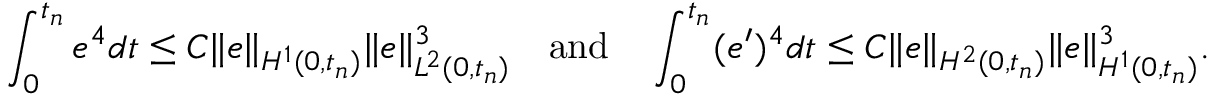
\displaystyle \int _ { 0 } ^ { t _ { n } } e ^ { 4 } d t \leq C \| e \| _ { H ^ { 1 } ( 0 , t _ { n } ) } \| e \| _ { L ^ { 2 } ( 0 , t _ { n } ) } ^ { 3 } \quad \mathrm { a n d } \quad \displaystyle \int _ { 0 } ^ { t _ { n } } ( e ^ { \prime } ) ^ { 4 } d t \leq C \| e \| _ { H ^ { 2 } ( 0 , t _ { n } ) } \| e \| _ { H ^ { 1 } ( 0 , t _ { n } ) } ^ { 3 } .